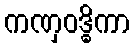
ကဏှဝဒ္ဓိကာ